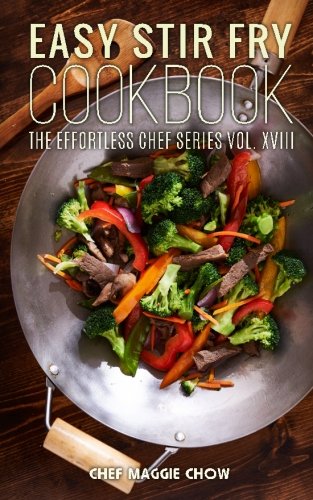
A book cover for Easy Stir-Fry Cookbook (The Effortless Chef Series) (Volume 18); Chef Maggie Chow; Cookbooks, Food & Wine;